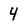
Character: 4